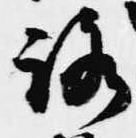
路